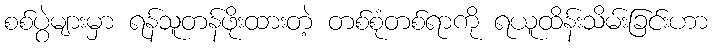
စစ်ပွဲများမှာ ရန်သူတန်ဖိုးထားတဲ့ တစ်စုံတစ်ရာကို ရယူထိန်းသိမ်းခြင်းဟာ